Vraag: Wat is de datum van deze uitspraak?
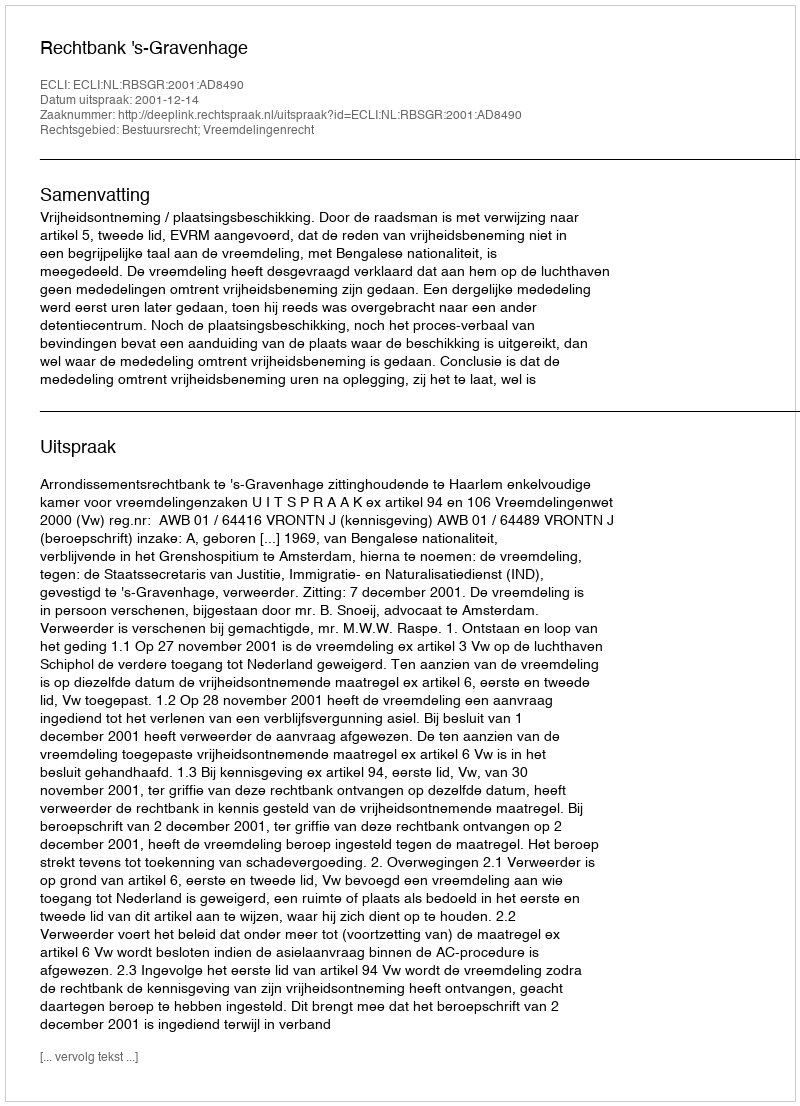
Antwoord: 2001-12-14